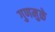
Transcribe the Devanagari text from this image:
गुणमुळे